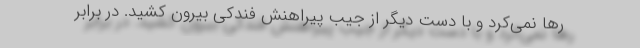
رها نمی‌کرد و با دست دیگر از جیب پیراهنش فندکی بیرون کشید. در برابر